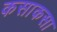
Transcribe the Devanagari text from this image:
कसाकसा